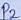
Text: P2